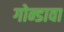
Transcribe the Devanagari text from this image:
गोन्डावा